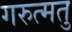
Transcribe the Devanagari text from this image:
गरुत्मतु